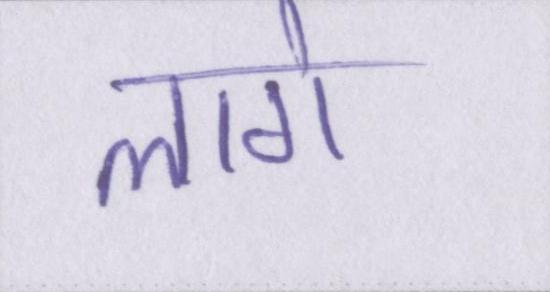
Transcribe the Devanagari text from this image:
लागे